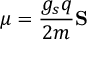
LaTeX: { \boldsymbol { \mu } } = { \frac { g _ { s } q } { 2 m } } \mathbf { S }